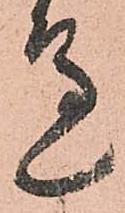
邊